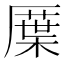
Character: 𠪸